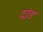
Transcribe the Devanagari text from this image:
दांड